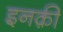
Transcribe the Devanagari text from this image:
इनक़ी